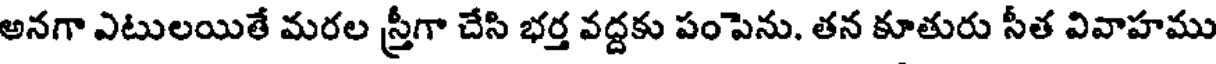
అనగా ఎటులయితే మరల స్త్రీగా చేసి భర్త వద్దకు పంపెను. తన కూతురు సీత వివాహము